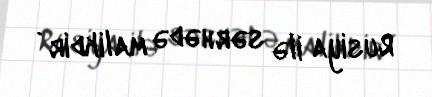
Rusiya ilə sərhədə malikdir .